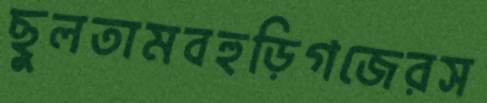
ছুলতামবহুড়িগজেরস